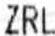
ZRL